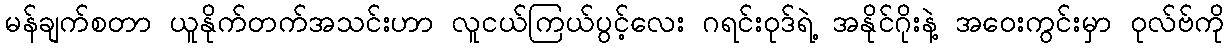
မန်ချက်စတာ ယူနိုက်တက်အသင်းဟာ လူငယ်ကြယ်ပွင့်လေး ဂရင်းဝုဒ်ရဲ့ အနိုင်ဂိုးနဲ့ အဝေးကွင်းမှာ ဝုလ်ဗ်ကို